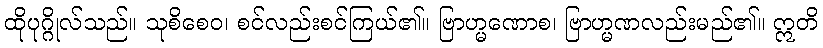
ထိုပုဂ္ဂိုလ်သည်။ သုစိစေဝ၊ စင်လည်းစင်ကြယ်၏။ ဗြာဟ္မဏောစ၊ ဗြာဟ္မဏလည်းမည်၏။ ဣတိ